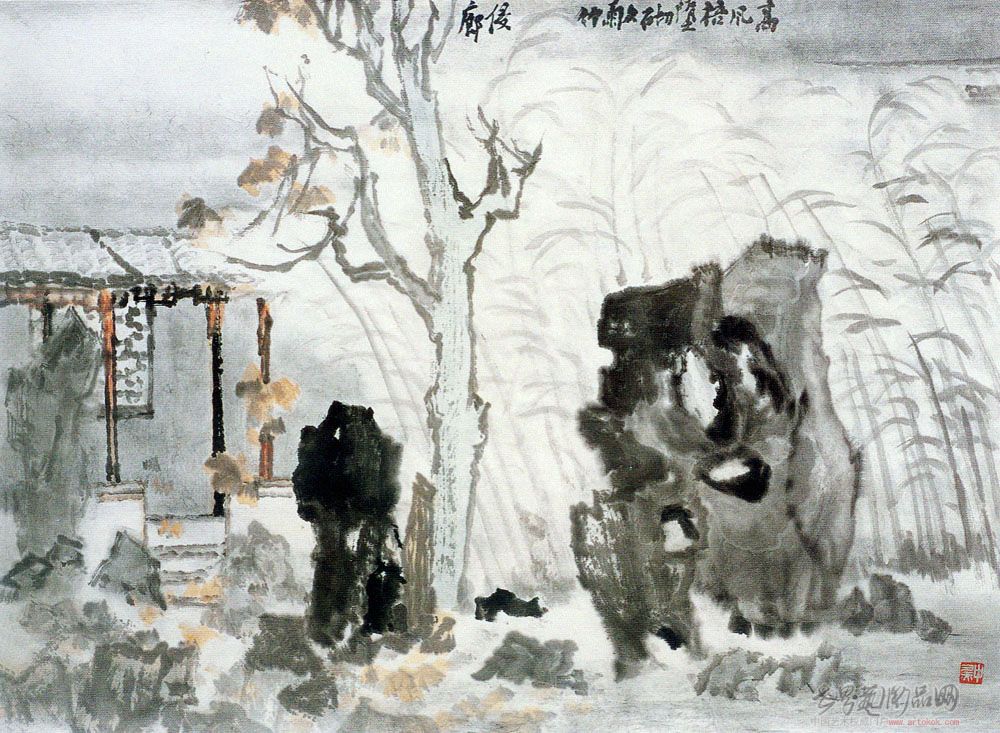
高梧百尺夜苍苍，乱扫秋星落晓霜。